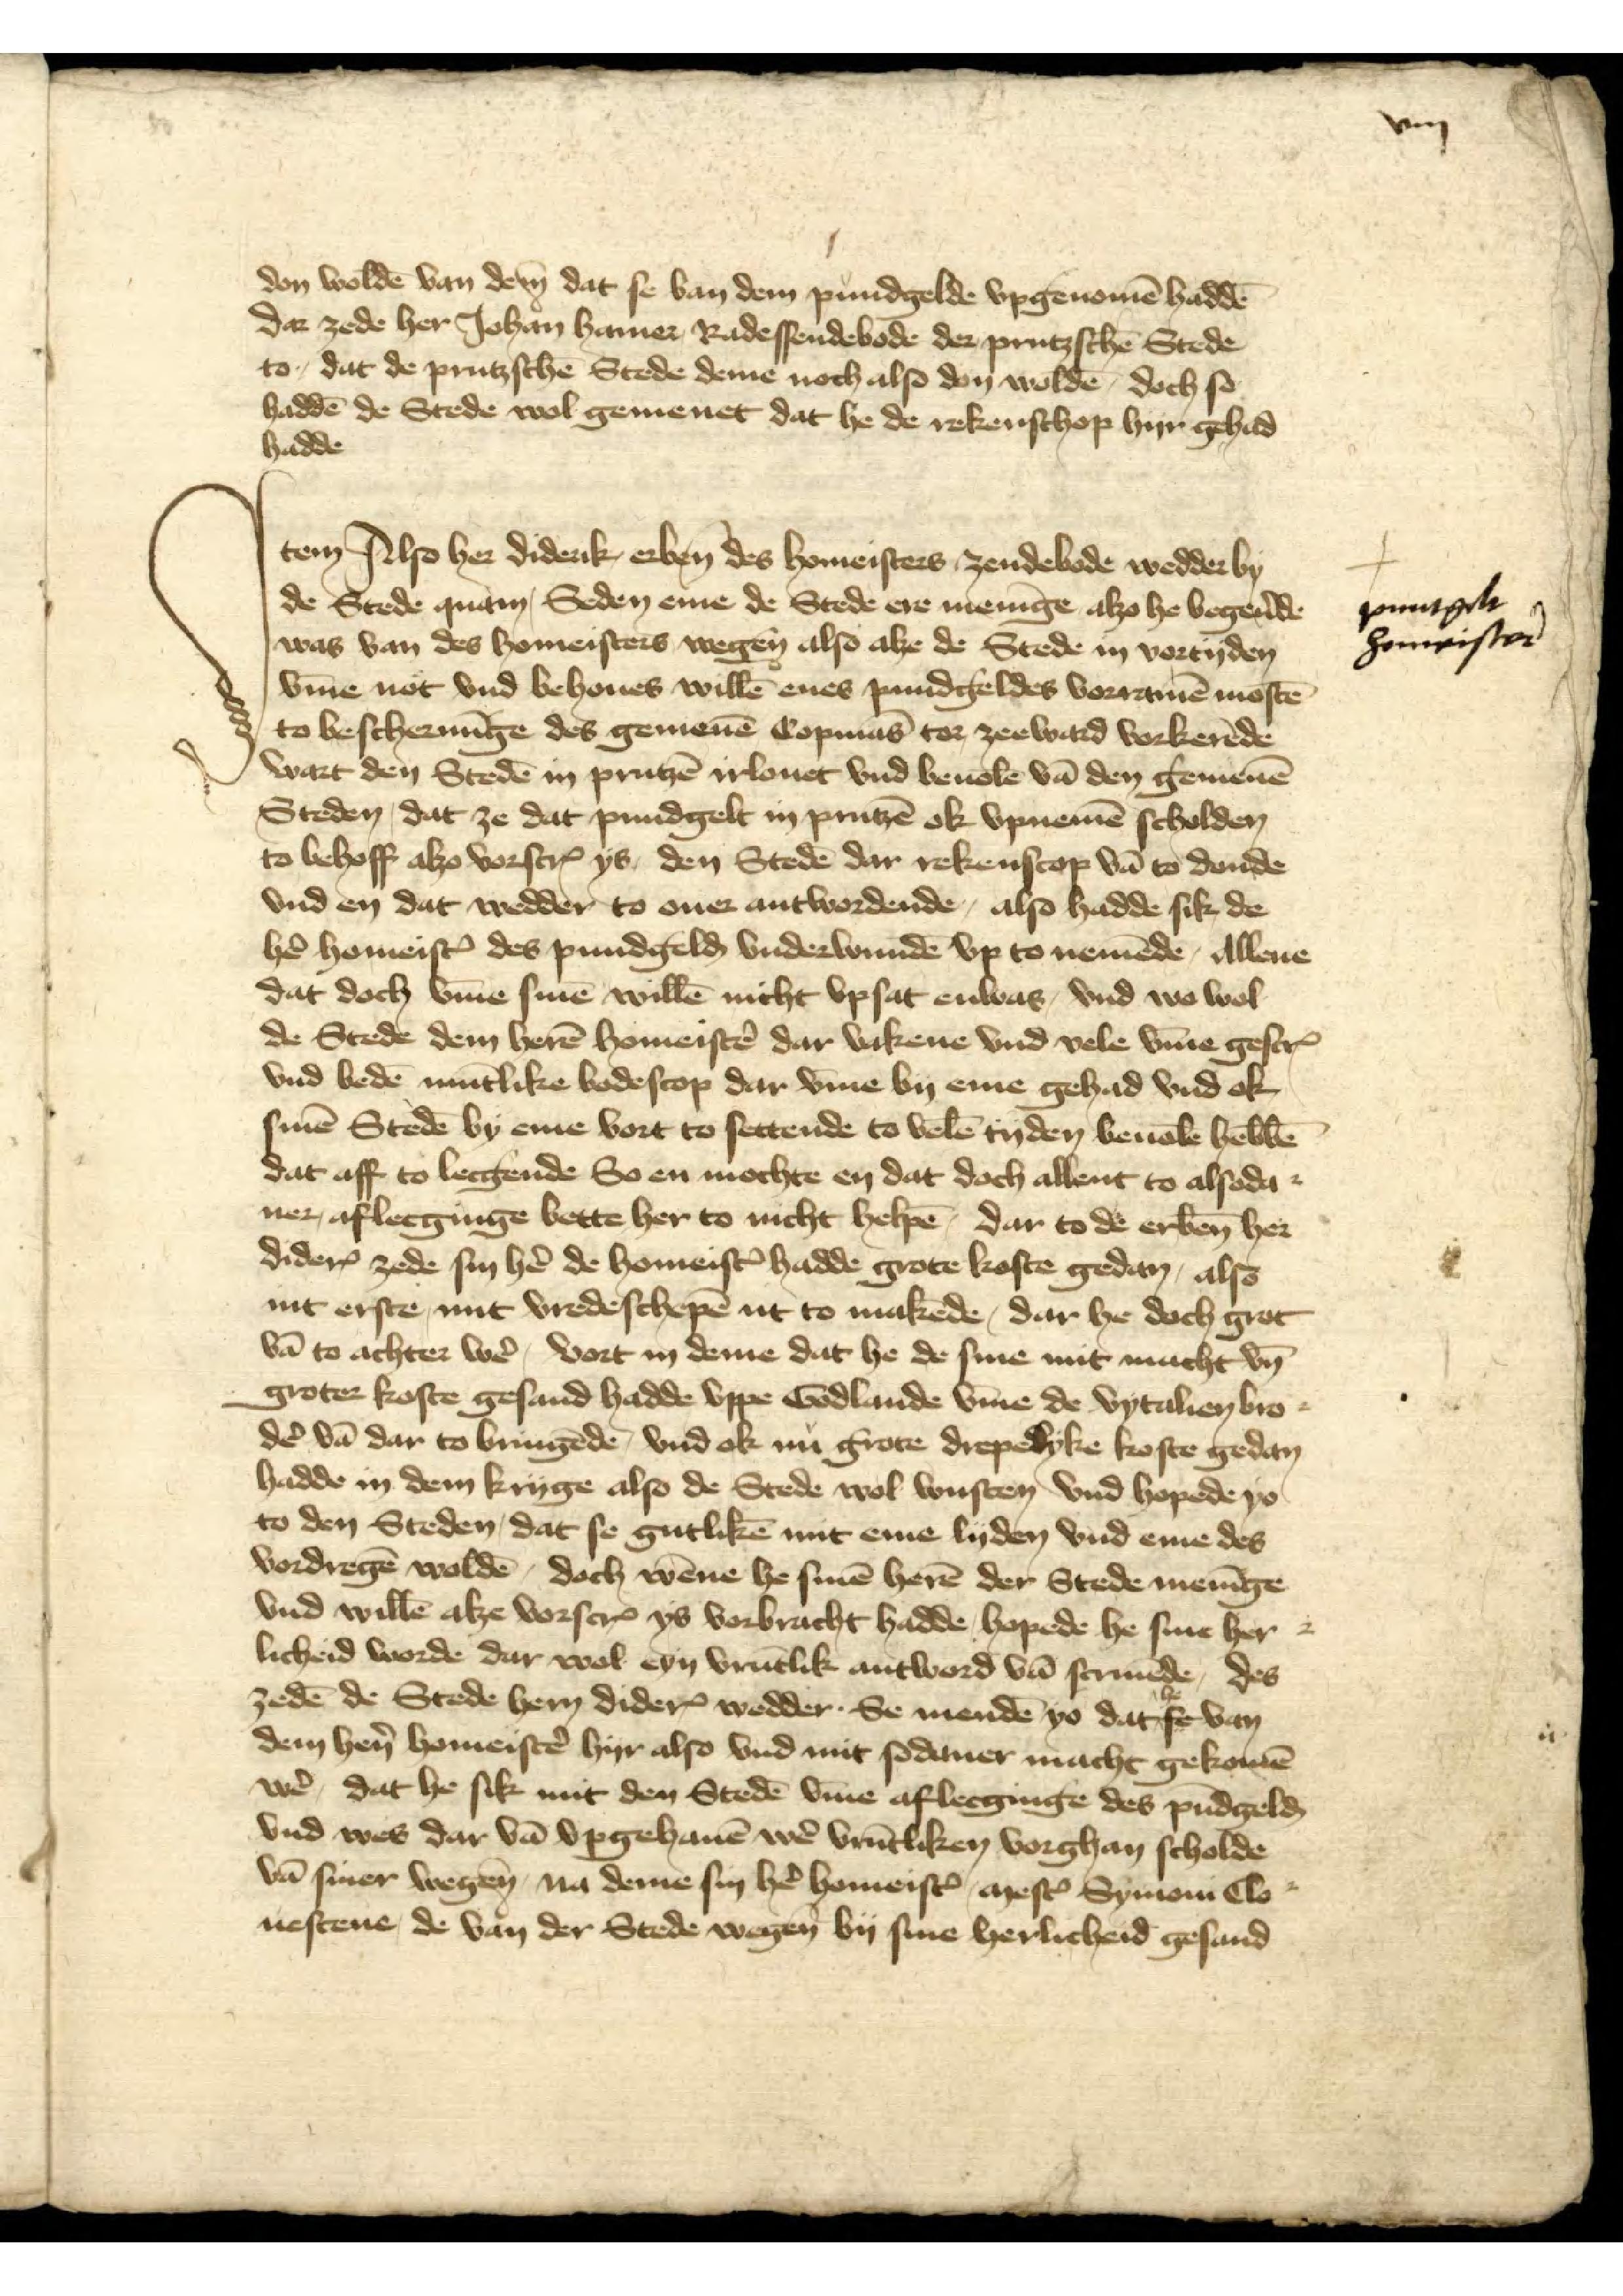
viij

don woldē van dem dat se van pundgelde vpgenomē haddē
dar zede her Johan Hamer Radessendebode der prutzschē Stede
to, dat de prutzschē Stede deme noch also don woldē, doch se
haddē de Stede wol gemenet dat he de rekenschop hyr gehad
hadde

Jtem, Also her Diderik erben̄ des homeisters Zendebode wedder by
de Stede quam, Seden eme de Stede ere menīge alzo he begẻnde
was van des homeisters wegen also alze de Stede in vortyden
v̄me not vnd behoues willē enes pundgeldes vorramē mostē
to beschermīge des gemenē Copmās tor zeeward vorkerēde
wart den Stedē in Prutzē irlouet vnd beuolē vā den gemenē
Steden, dat ze dat pundgelt in Prutzē ok vpnemē scholden 
to behoff alzo vorscȓ ys, den Stedē dar rekenschop vā to donde
vnd en dat wedder to ouer antwordende, also hadde sik de
hẻ homeistꝬ des pundgelḑ vnderwundē vp to nemēde, allene
dat doch v̄me sinē willē nicht vpsat enwas, vnd wo wol
de Stede dem herē homeistẻ dar vakene vnd vele v̄me gescrꝬ
vnd bedē mūtlike bodescop dar v̄me by eme gehad vnd ok
sinē Stede by eme vort to settende to velē tyden beuolē hebbē
dat aff to lecgende So en mochte en dat doch allent to alsoda¬
ner, aflecginge bette her to nicht helpē, dar to de erben̄ her
DiderꝬ zede sin hẻ de homeistꝬ hadde grote koste gedan, alze
in erste mit vredeschepē int to makēde, dar he doch grot
vā to achter wẻ, vort in deme dat he de sine mit macht vn̄
groter koste gesand hadde vppe Godlande v̄me de Vytalien Bro¬
dẻ vā dar to bringēde, vnd ok nu grote drepelyke koste gedan
hadde in dem kryge alse de Stede wol wusten vnd hopede yo
to den Steden, dat se gutlikē mit eme lyden vnd eme des
vordregē woldē, doch wēne he sinē herē der Stede menīge
vnd willē alze vorscrꝬ ys vorbracht hadde hopede he sine her¬
licheid worde dar wol eyn vrūtlik antword vā screuēde des
zedē de Stede hern DiderꝬ wedder. Se mendē yo dat he van
dem hẻn homeistẻ hyr also vnd mit sodaner macht gekomē
wer, dat he sik mit den Stedē v̄me aflecginge des pūdgelḑ
vnd was dar vā vpgehauē wẻ vrūtliken vorghan scholde
vā siner wegen na deme sin hẻ homeistꝬ, mestꝬ Symon Clo¬
uestene de van der Stede wegen by sine herlicheid gesand

puntgeld
homeister